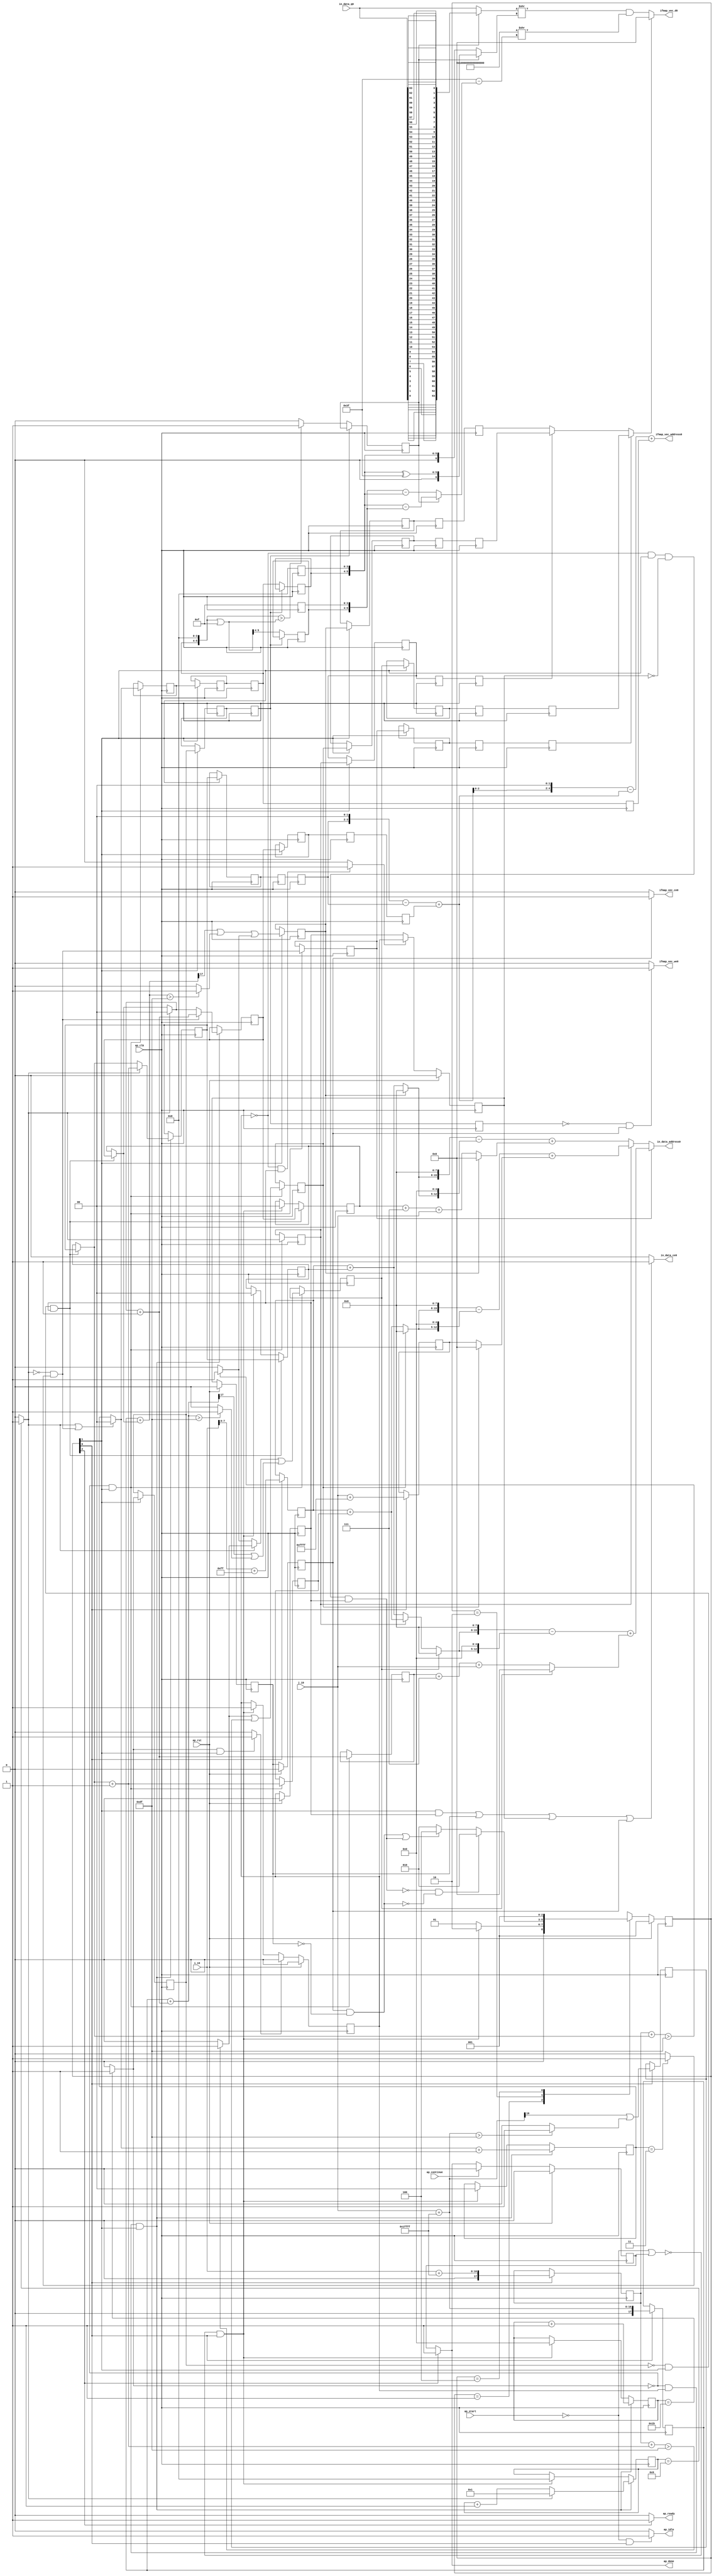
`define EXPONENT 5
`define MANTISSA 10
`define ACTUAL_MANTISSA 11
`define EXPONENT_LSB 10
`define EXPONENT_MSB 14
`define MANTISSA_LSB 0
`define MANTISSA_MSB 9
`define MANTISSA_MUL_SPLIT_LSB 3
`define MANTISSA_MUL_SPLIT_MSB 9
`define SIGN 1
`define SIGN_LOC 15
`define DWIDTH (`SIGN+`EXPONENT+`MANTISSA)
`define IEEE_COMPLIANCE 1

module td_fused_top_tdf1_readInputs19 (
        ap_clk,
        ap_rst,
        ap_start,
        ap_done,
        ap_continue,
        ap_idle,
        ap_ready,
        in_data_address0,
        in_data_ce0,
        in_data_q0,
        i_19,
        j_19,
        ifmap_vec_address0,
        ifmap_vec_ce0,
        ifmap_vec_we0,
        ifmap_vec_d0
);

parameter    ap_ST_fsm_state1 = 3'd1;
parameter    ap_ST_fsm_pp0_stage0 = 3'd2;
parameter    ap_ST_fsm_state7 = 3'd4;

input   ap_clk;
input   ap_rst;
input   ap_start;
output   ap_done;
input   ap_continue;
output   ap_idle;
output   ap_ready;
output  [15:0] in_data_address0;
output   in_data_ce0;
input  [63:0] in_data_q0;
input  [15:0] i_19;
input  [15:0] j_19;
output  [4:0] ifmap_vec_address0;
output   ifmap_vec_ce0;
output   ifmap_vec_we0;
output  [15:0] ifmap_vec_d0;

reg ap_done;
reg ap_idle;
reg ap_ready;
reg in_data_ce0;
reg ifmap_vec_ce0;
reg ifmap_vec_we0;

reg    ap_done_reg;
  reg   [2:0] ap_CS_fsm;
wire    ap_CS_fsm_state1;
reg   [4:0] indvar_flatten52_reg_144;
reg   [1:0] ii_reg_155;
reg   [3:0] indvar_flatten_reg_167;
reg   [1:0] jj_reg_178;
reg   [1:0] kk_reg_190;
wire   [17:0] p_cast_i_fu_219_p1;
reg   [17:0] p_cast_i_reg_910;
wire   [17:0] sext_ln22_fu_229_p1;
reg   [17:0] sext_ln22_reg_916;
wire   [7:0] p_cast_fu_233_p2;
reg   [7:0] p_cast_reg_922;
wire   [0:0] or_ln23_26_fu_253_p2;
reg   [0:0] or_ln23_26_reg_928;
wire   [15:0] p_mid140_fu_259_p2;
reg   [15:0] p_mid140_reg_933;
wire   [4:0] add_ln19_6_fu_265_p2;
wire    ap_CS_fsm_pp0_stage0;
reg    ap_enable_reg_pp0_iter0;
wire    ap_block_state2_pp0_stage0_iter0;
wire    ap_block_state3_pp0_stage0_iter1;
wire    ap_block_state4_pp0_stage0_iter2;
wire    ap_block_state5_pp0_stage0_iter3;
wire    ap_block_state6_pp0_stage0_iter4;
wire    ap_block_pp0_stage0_11001;
wire   [0:0] is_padding_fu_315_p2;
reg   [0:0] is_padding_reg_943;
reg   [0:0] is_padding_reg_943_pp0_iter1_reg;
reg   [0:0] is_padding_reg_943_pp0_iter2_reg;
reg   [0:0] is_padding_reg_943_pp0_iter3_reg;
wire   [0:0] icmp_ln19_fu_321_p2;
reg   [0:0] icmp_ln19_reg_950;
reg   [0:0] icmp_ln19_reg_950_pp0_iter1_reg;
reg   [0:0] icmp_ln19_reg_950_pp0_iter2_reg;
reg   [0:0] icmp_ln19_reg_950_pp0_iter3_reg;
wire   [1:0] add_ln19_fu_327_p2;
reg   [1:0] add_ln19_reg_954;
wire   [0:0] icmp_ln20_fu_333_p2;
reg   [0:0] icmp_ln20_reg_959;
reg   [0:0] icmp_ln20_reg_959_pp0_iter1_reg;
reg   [0:0] icmp_ln20_reg_959_pp0_iter2_reg;
reg   [0:0] icmp_ln20_reg_959_pp0_iter3_reg;
wire   [1:0] select_ln19_31_fu_347_p3;
reg   [1:0] select_ln19_31_reg_966;
reg   [1:0] select_ln19_31_reg_966_pp0_iter1_reg;
reg   [1:0] select_ln19_31_reg_966_pp0_iter2_reg;
reg   [1:0] select_ln19_31_reg_966_pp0_iter3_reg;
wire   [0:0] or_ln23_28_fu_378_p2;
reg   [0:0] or_ln23_28_reg_973;
reg   [0:0] or_ln23_28_reg_973_pp0_iter1_reg;
reg   [0:0] or_ln23_28_reg_973_pp0_iter2_reg;
reg   [0:0] or_ln23_28_reg_973_pp0_iter3_reg;
wire   [0:0] and_ln19_fu_395_p2;
reg   [0:0] and_ln19_reg_980;
reg   [0:0] and_ln19_reg_980_pp0_iter1_reg;
reg   [0:0] and_ln19_reg_980_pp0_iter2_reg;
reg   [0:0] and_ln19_reg_980_pp0_iter3_reg;
wire   [1:0] add_ln20_fu_401_p2;
reg   [1:0] add_ln20_reg_986;
wire   [1:0] select_ln20_fu_413_p3;
reg   [1:0] select_ln20_reg_991;
reg   [1:0] select_ln20_reg_991_pp0_iter1_reg;
reg   [1:0] select_ln20_reg_991_pp0_iter2_reg;
reg   [1:0] select_ln20_reg_991_pp0_iter3_reg;
wire   [1:0] select_ln20_26_fu_421_p3;
reg   [1:0] select_ln20_26_reg_997;
reg   [1:0] select_ln20_26_reg_997_pp0_iter1_reg;
reg   [1:0] select_ln20_26_reg_997_pp0_iter2_reg;
reg   [1:0] select_ln20_26_reg_997_pp0_iter3_reg;
wire   [0:0] or_ln23_30_fu_458_p2;
reg   [0:0] or_ln23_30_reg_1003;
reg   [0:0] or_ln23_30_reg_1003_pp0_iter1_reg;
reg   [0:0] or_ln23_30_reg_1003_pp0_iter2_reg;
reg   [0:0] or_ln23_30_reg_1003_pp0_iter3_reg;
wire   [1:0] add_ln25_fu_464_p2;
wire   [3:0] select_ln20_29_fu_476_p3;
wire   [5:0] tmp_15_fu_701_p3;
reg   [5:0] tmp_15_reg_1025;
wire   [5:0] empty_121_fu_708_p2;
reg   [5:0] empty_121_reg_1030;
wire   [0:0] icmp_ln32_fu_714_p2;
reg   [0:0] icmp_ln32_reg_1035;
reg    ap_block_state1;
wire    ap_block_pp0_stage0_subdone;
reg    ap_condition_pp0_flush_enable;
reg    ap_enable_reg_pp0_iter1;
reg    ap_enable_reg_pp0_iter2;
reg    ap_condition_pp0_exit_iter1_state3;
reg    ap_enable_reg_pp0_iter3;
reg    ap_enable_reg_pp0_iter4;
reg   [1:0] ap_phi_mux_ii_phi_fu_159_p4;
wire    ap_block_pp0_stage0;
reg   [1:0] ap_phi_mux_jj_phi_fu_182_p4;
wire   [63:0] zext_ln32_26_fu_696_p1;
wire   [63:0] zext_ln33_25_fu_795_p1;
wire   [16:0] zext_ln19_fu_205_p1;
wire   [16:0] empty_116_fu_213_p2;
wire   [16:0] j_cast_i_fu_201_p1;
wire   [16:0] add_ln22_fu_223_p2;
wire   [7:0] empty_fu_209_p1;
wire   [0:0] tmp_fu_239_p3;
wire   [0:0] icmp_ln24_fu_247_p2;
wire   [17:0] ii_cast_i_fu_271_p1;
wire   [17:0] empty_117_fu_275_p2;
wire   [17:0] zext_ln20_fu_286_p1;
wire   [17:0] add_ln22_6_fu_290_p2;
wire   [0:0] tmp_43_fu_295_p3;
wire   [0:0] icmp_ln24_6_fu_303_p2;
wire   [0:0] or_ln23_fu_309_p2;
wire   [0:0] empty_118_fu_280_p2;
wire   [17:0] ii_cast_i_mid1_fu_355_p1;
wire   [17:0] p_mid114_fu_359_p2;
wire   [0:0] p_mid116_fu_364_p2;
wire   [0:0] icmp_ln25_fu_389_p2;
wire   [0:0] xor_ln19_fu_383_p2;
wire   [1:0] select_ln19_fu_339_p3;
wire   [0:0] or_ln20_fu_407_p2;
wire   [17:0] zext_ln20_6_fu_429_p1;
wire   [17:0] add_ln22_7_fu_433_p2;
wire   [0:0] tmp_44_fu_438_p3;
wire   [0:0] icmp_ln24_7_fu_446_p2;
wire   [0:0] or_ln23_29_fu_452_p2;
wire   [0:0] select_ln19_33_fu_370_p3;
wire   [3:0] add_ln20_6_fu_470_p2;
wire   [7:0] ii_cast_fu_484_p1;
wire   [7:0] p_cast1_i_fu_488_p2;
wire   [2:0] zext_ln22_fu_493_p1;
wire   [2:0] tmp2_fu_504_p2;
wire   [15:0] tmp2_cast_fu_510_p1;
wire   [15:0] empty_119_fu_514_p2;
wire   [7:0] row_coord_int_fu_497_p3;
wire   [12:0] tmp_9_fu_534_p3;
wire   [15:0] tmp_s_fu_526_p3;
wire   [15:0] zext_ln32_fu_542_p1;
wire   [15:0] sub_ln32_fu_546_p2;
wire   [15:0] col_coord_int_fu_519_p3;
wire   [7:0] ii_cast_mid1_fu_558_p1;
wire   [7:0] p_cast1_i_mid1_fu_561_p2;
wire   [7:0] row_coord_int_mid134_fu_573_p3;
wire   [12:0] tmp_12_fu_594_p3;
wire   [15:0] tmp_11_fu_586_p3;
wire   [15:0] zext_ln32_24_fu_602_p1;
wire   [15:0] sub_ln32_1_fu_606_p2;
wire   [15:0] col_coord_int_mid142_fu_580_p3;
wire   [15:0] add_ln32_1_fu_612_p2;
wire   [15:0] add_ln32_fu_552_p2;
wire   [7:0] select_ln19_32_fu_566_p3;
wire   [2:0] zext_ln22_6_fu_625_p1;
wire   [2:0] tmp2_mid1_fu_635_p2;
wire   [15:0] tmp2_cast_mid1_fu_641_p1;
wire   [15:0] p_mid1_fu_645_p2;
wire   [7:0] row_coord_int_mid1_fu_628_p3;
wire   [12:0] tmp_14_fu_665_p3;
wire   [15:0] tmp_13_fu_657_p3;
wire   [15:0] zext_ln32_25_fu_673_p1;
wire   [15:0] sub_ln32_2_fu_677_p2;
wire   [15:0] col_coord_int_mid1_fu_650_p3;
wire   [15:0] add_ln32_2_fu_683_p2;
wire   [15:0] select_ln19_35_fu_618_p3;
wire   [15:0] select_ln20_28_fu_689_p3;
wire   [3:0] tmp_10_fu_723_p3;
wire   [4:0] zext_ln33_22_fu_730_p1;
wire   [4:0] zext_ln33_fu_720_p1;
wire   [4:0] sub_ln33_fu_734_p2;
wire   [5:0] sub_ln33_cast_fu_740_p1;
wire   [5:0] zext_ln33_23_fu_749_p1;
wire   [5:0] add_ln33_fu_752_p2;
wire   [2:0] trunc_ln33_1_fu_762_p1;
wire   [4:0] p_shl4_cast_fu_766_p3;
wire   [4:0] trunc_ln33_fu_758_p1;
wire   [0:0] select_ln19_34_fu_744_p3;
wire   [4:0] sub_ln33_1_fu_774_p2;
wire   [4:0] zext_ln33_24_fu_786_p1;
wire   [4:0] add_ln33_6_fu_789_p2;
wire   [6:0] zext_ln32_27_fu_800_p1;
wire   [6:0] zext_ln32_28_fu_803_p1;
wire   [6:0] sub_ln32_3_fu_816_p2;
wire   [6:0] sub_ln32_4_fu_828_p2;
reg   [63:0] tmp_45_fu_806_p4;
wire   [6:0] xor_ln32_fu_822_p2;
wire   [6:0] select_ln32_fu_834_p3;
wire   [6:0] select_ln32_2_fu_848_p3;
wire   [6:0] sub_ln32_5_fu_855_p2;
wire   [63:0] select_ln32_1_fu_841_p3;
wire   [63:0] zext_ln32_29_fu_861_p1;
wire   [63:0] zext_ln32_30_fu_865_p1;
wire   [63:0] lshr_ln32_fu_869_p2;
wire   [63:0] lshr_ln32_1_fu_875_p2;
wire   [63:0] and_ln32_fu_881_p2;
wire   [15:0] trunc_ln32_fu_887_p1;
wire   [0:0] select_ln20_27_fu_780_p3;
wire   [15:0] in_data_elem_fu_891_p1;
wire    ap_CS_fsm_state7;
reg   [2:0] ap_NS_fsm;
reg    ap_idle_pp0;
wire    ap_enable_pp0;
wire    ap_ce_reg;

// power-on initialization
initial begin
#0 ap_done_reg = 1'b0;
#0 ap_CS_fsm = 3'd1;
#0 ap_enable_reg_pp0_iter0 = 1'b0;
#0 ap_enable_reg_pp0_iter1 = 1'b0;
#0 ap_enable_reg_pp0_iter2 = 1'b0;
#0 ap_enable_reg_pp0_iter3 = 1'b0;
#0 ap_enable_reg_pp0_iter4 = 1'b0;
end

always @ (posedge ap_clk) begin
    if (ap_rst == 1'b1) begin
        ap_CS_fsm <= ap_ST_fsm_state1;
    end else begin
        ap_CS_fsm <= ap_NS_fsm;
    end
end

always @ (posedge ap_clk) begin
    if (ap_rst == 1'b1) begin
        ap_done_reg <= 1'b0;
    end else begin
        if ((ap_continue == 1'b1)) begin
            ap_done_reg <= 1'b0;
        end else if ((1'b1 == ap_CS_fsm_state7)) begin
            ap_done_reg <= 1'b1;
        end
    end
end

always @ (posedge ap_clk) begin
    if (ap_rst == 1'b1) begin
        ap_enable_reg_pp0_iter0 <= 1'b0;
    end else begin
        if ((1'b1 == ap_condition_pp0_flush_enable)) begin
            ap_enable_reg_pp0_iter0 <= 1'b0;
        end else if ((~((ap_start == 1'b0) | (ap_done_reg == 1'b1)) & (1'b1 == ap_CS_fsm_state1))) begin
            ap_enable_reg_pp0_iter0 <= 1'b1;
        end
    end
end

always @ (posedge ap_clk) begin
    if (ap_rst == 1'b1) begin
        ap_enable_reg_pp0_iter1 <= 1'b0;
    end else begin
        if ((1'b0 == ap_block_pp0_stage0_subdone)) begin
            ap_enable_reg_pp0_iter1 <= ap_enable_reg_pp0_iter0;
        end
    end
end

always @ (posedge ap_clk) begin
    if (ap_rst == 1'b1) begin
        ap_enable_reg_pp0_iter2 <= 1'b0;
    end else begin
        if ((1'b0 == ap_block_pp0_stage0_subdone)) begin
            if ((1'b1 == ap_condition_pp0_exit_iter1_state3)) begin
                ap_enable_reg_pp0_iter2 <= ap_enable_reg_pp0_iter0;
            end else if ((1'b1 == 1'b1)) begin
                ap_enable_reg_pp0_iter2 <= ap_enable_reg_pp0_iter1;
            end
        end
    end
end

always @ (posedge ap_clk) begin
    if (ap_rst == 1'b1) begin
        ap_enable_reg_pp0_iter3 <= 1'b0;
    end else begin
        if ((1'b0 == ap_block_pp0_stage0_subdone)) begin
            ap_enable_reg_pp0_iter3 <= ap_enable_reg_pp0_iter2;
        end
    end
end

always @ (posedge ap_clk) begin
    if (ap_rst == 1'b1) begin
        ap_enable_reg_pp0_iter4 <= 1'b0;
    end else begin
        if ((1'b0 == ap_block_pp0_stage0_subdone)) begin
            ap_enable_reg_pp0_iter4 <= ap_enable_reg_pp0_iter3;
        end else if ((~((ap_start == 1'b0) | (ap_done_reg == 1'b1)) & (1'b1 == ap_CS_fsm_state1))) begin
            ap_enable_reg_pp0_iter4 <= 1'b0;
        end
    end
end

always @ (posedge ap_clk) begin
    if (((icmp_ln19_reg_950 == 1'd0) & (1'b0 == ap_block_pp0_stage0_11001) & (1'b1 == ap_CS_fsm_pp0_stage0) & (ap_enable_reg_pp0_iter1 == 1'b1))) begin
        ii_reg_155 <= select_ln19_31_reg_966;
    end else if ((~((ap_start == 1'b0) | (ap_done_reg == 1'b1)) & (1'b1 == ap_CS_fsm_state1))) begin
        ii_reg_155 <= 2'd0;
    end
end

always @ (posedge ap_clk) begin
    if (((icmp_ln19_fu_321_p2 == 1'd0) & (1'b0 == ap_block_pp0_stage0_11001) & (ap_enable_reg_pp0_iter0 == 1'b1) & (1'b1 == ap_CS_fsm_pp0_stage0))) begin
        indvar_flatten52_reg_144 <= add_ln19_6_fu_265_p2;
    end else if ((~((ap_start == 1'b0) | (ap_done_reg == 1'b1)) & (1'b1 == ap_CS_fsm_state1))) begin
        indvar_flatten52_reg_144 <= 5'd0;
    end
end

always @ (posedge ap_clk) begin
    if (((icmp_ln19_fu_321_p2 == 1'd0) & (1'b0 == ap_block_pp0_stage0_11001) & (ap_enable_reg_pp0_iter0 == 1'b1) & (1'b1 == ap_CS_fsm_pp0_stage0))) begin
        indvar_flatten_reg_167 <= select_ln20_29_fu_476_p3;
    end else if ((~((ap_start == 1'b0) | (ap_done_reg == 1'b1)) & (1'b1 == ap_CS_fsm_state1))) begin
        indvar_flatten_reg_167 <= 4'd0;
    end
end

always @ (posedge ap_clk) begin
    if (((icmp_ln19_reg_950 == 1'd0) & (1'b0 == ap_block_pp0_stage0_11001) & (1'b1 == ap_CS_fsm_pp0_stage0) & (ap_enable_reg_pp0_iter1 == 1'b1))) begin
        jj_reg_178 <= select_ln20_26_reg_997;
    end else if ((~((ap_start == 1'b0) | (ap_done_reg == 1'b1)) & (1'b1 == ap_CS_fsm_state1))) begin
        jj_reg_178 <= 2'd0;
    end
end

always @ (posedge ap_clk) begin
    if (((icmp_ln19_fu_321_p2 == 1'd0) & (1'b0 == ap_block_pp0_stage0_11001) & (ap_enable_reg_pp0_iter0 == 1'b1) & (1'b1 == ap_CS_fsm_pp0_stage0))) begin
        kk_reg_190 <= add_ln25_fu_464_p2;
    end else if ((~((ap_start == 1'b0) | (ap_done_reg == 1'b1)) & (1'b1 == ap_CS_fsm_state1))) begin
        kk_reg_190 <= 2'd0;
    end
end

always @ (posedge ap_clk) begin
    if (((icmp_ln19_fu_321_p2 == 1'd0) & (1'b0 == ap_block_pp0_stage0_11001) & (1'b1 == ap_CS_fsm_pp0_stage0))) begin
        add_ln19_reg_954 <= add_ln19_fu_327_p2;
        add_ln20_reg_986 <= add_ln20_fu_401_p2;
        and_ln19_reg_980 <= and_ln19_fu_395_p2;
        icmp_ln20_reg_959 <= icmp_ln20_fu_333_p2;
        or_ln23_28_reg_973 <= or_ln23_28_fu_378_p2;
        or_ln23_30_reg_1003 <= or_ln23_30_fu_458_p2;
        select_ln20_reg_991 <= select_ln20_fu_413_p3;
    end
end

always @ (posedge ap_clk) begin
    if (((1'b0 == ap_block_pp0_stage0_11001) & (1'b1 == ap_CS_fsm_pp0_stage0))) begin
        and_ln19_reg_980_pp0_iter1_reg <= and_ln19_reg_980;
        icmp_ln19_reg_950 <= icmp_ln19_fu_321_p2;
        icmp_ln19_reg_950_pp0_iter1_reg <= icmp_ln19_reg_950;
        icmp_ln20_reg_959_pp0_iter1_reg <= icmp_ln20_reg_959;
        is_padding_reg_943 <= is_padding_fu_315_p2;
        is_padding_reg_943_pp0_iter1_reg <= is_padding_reg_943;
        or_ln23_28_reg_973_pp0_iter1_reg <= or_ln23_28_reg_973;
        or_ln23_30_reg_1003_pp0_iter1_reg <= or_ln23_30_reg_1003;
        select_ln19_31_reg_966_pp0_iter1_reg <= select_ln19_31_reg_966;
        select_ln20_26_reg_997_pp0_iter1_reg <= select_ln20_26_reg_997;
        select_ln20_reg_991_pp0_iter1_reg <= select_ln20_reg_991;
    end
end

always @ (posedge ap_clk) begin
    if ((1'b0 == ap_block_pp0_stage0_11001)) begin
        and_ln19_reg_980_pp0_iter2_reg <= and_ln19_reg_980_pp0_iter1_reg;
        and_ln19_reg_980_pp0_iter3_reg <= and_ln19_reg_980_pp0_iter2_reg;
        icmp_ln19_reg_950_pp0_iter2_reg <= icmp_ln19_reg_950_pp0_iter1_reg;
        icmp_ln19_reg_950_pp0_iter3_reg <= icmp_ln19_reg_950_pp0_iter2_reg;
        icmp_ln20_reg_959_pp0_iter2_reg <= icmp_ln20_reg_959_pp0_iter1_reg;
        icmp_ln20_reg_959_pp0_iter3_reg <= icmp_ln20_reg_959_pp0_iter2_reg;
        is_padding_reg_943_pp0_iter2_reg <= is_padding_reg_943_pp0_iter1_reg;
        is_padding_reg_943_pp0_iter3_reg <= is_padding_reg_943_pp0_iter2_reg;
        or_ln23_28_reg_973_pp0_iter2_reg <= or_ln23_28_reg_973_pp0_iter1_reg;
        or_ln23_28_reg_973_pp0_iter3_reg <= or_ln23_28_reg_973_pp0_iter2_reg;
        or_ln23_30_reg_1003_pp0_iter2_reg <= or_ln23_30_reg_1003_pp0_iter1_reg;
        or_ln23_30_reg_1003_pp0_iter3_reg <= or_ln23_30_reg_1003_pp0_iter2_reg;
        select_ln19_31_reg_966_pp0_iter2_reg <= select_ln19_31_reg_966_pp0_iter1_reg;
        select_ln19_31_reg_966_pp0_iter3_reg <= select_ln19_31_reg_966_pp0_iter2_reg;
        select_ln20_26_reg_997_pp0_iter2_reg <= select_ln20_26_reg_997_pp0_iter1_reg;
        select_ln20_26_reg_997_pp0_iter3_reg <= select_ln20_26_reg_997_pp0_iter2_reg;
        select_ln20_reg_991_pp0_iter2_reg <= select_ln20_reg_991_pp0_iter1_reg;
        select_ln20_reg_991_pp0_iter3_reg <= select_ln20_reg_991_pp0_iter2_reg;
    end
end

always @ (posedge ap_clk) begin
    if (((icmp_ln19_reg_950_pp0_iter2_reg == 1'd0) & (1'b0 == ap_block_pp0_stage0_11001))) begin
        empty_121_reg_1030[5 : 4] <= empty_121_fu_708_p2[5 : 4];
        icmp_ln32_reg_1035 <= icmp_ln32_fu_714_p2;
        tmp_15_reg_1025[5 : 4] <= tmp_15_fu_701_p3[5 : 4];
    end
end

always @ (posedge ap_clk) begin
    if ((1'b1 == ap_CS_fsm_state1)) begin
        or_ln23_26_reg_928 <= or_ln23_26_fu_253_p2;
        p_cast_i_reg_910 <= p_cast_i_fu_219_p1;
        p_cast_reg_922 <= p_cast_fu_233_p2;
        p_mid140_reg_933 <= p_mid140_fu_259_p2;
        sext_ln22_reg_916 <= sext_ln22_fu_229_p1;
    end
end

always @ (posedge ap_clk) begin
    if (((icmp_ln19_fu_321_p2 == 1'd0) & (1'b0 == ap_block_pp0_stage0_11001) & (ap_enable_reg_pp0_iter0 == 1'b1) & (1'b1 == ap_CS_fsm_pp0_stage0))) begin
        select_ln19_31_reg_966 <= select_ln19_31_fu_347_p3;
        select_ln20_26_reg_997 <= select_ln20_26_fu_421_p3;
    end
end

always @ (*) begin
    if (((ap_enable_reg_pp0_iter0 == 1'b0) & (ap_enable_reg_pp0_iter1 == 1'b1))) begin
        ap_condition_pp0_exit_iter1_state3 = 1'b1;
    end else begin
        ap_condition_pp0_exit_iter1_state3 = 1'b0;
    end
end

always @ (*) begin
    if (((icmp_ln19_fu_321_p2 == 1'd1) & (1'b0 == ap_block_pp0_stage0_subdone) & (1'b1 == ap_CS_fsm_pp0_stage0))) begin
        ap_condition_pp0_flush_enable = 1'b1;
    end else begin
        ap_condition_pp0_flush_enable = 1'b0;
    end
end

always @ (*) begin
    if ((1'b1 == ap_CS_fsm_state7)) begin
        ap_done = 1'b1;
    end else begin
        ap_done = ap_done_reg;
    end
end

always @ (*) begin
    if (((ap_start == 1'b0) & (1'b1 == ap_CS_fsm_state1))) begin
        ap_idle = 1'b1;
    end else begin
        ap_idle = 1'b0;
    end
end

always @ (*) begin
    if (((ap_enable_reg_pp0_iter0 == 1'b0) & (ap_enable_reg_pp0_iter4 == 1'b0) & (ap_enable_reg_pp0_iter3 == 1'b0) & (ap_enable_reg_pp0_iter2 == 1'b0) & (ap_enable_reg_pp0_iter1 == 1'b0))) begin
        ap_idle_pp0 = 1'b1;
    end else begin
        ap_idle_pp0 = 1'b0;
    end
end

always @ (*) begin
    if (((icmp_ln19_reg_950 == 1'd0) & (1'b0 == ap_block_pp0_stage0) & (1'b1 == ap_CS_fsm_pp0_stage0) & (ap_enable_reg_pp0_iter1 == 1'b1))) begin
        ap_phi_mux_ii_phi_fu_159_p4 = select_ln19_31_reg_966;
    end else begin
        ap_phi_mux_ii_phi_fu_159_p4 = ii_reg_155;
    end
end

always @ (*) begin
    if (((icmp_ln19_reg_950 == 1'd0) & (1'b0 == ap_block_pp0_stage0) & (1'b1 == ap_CS_fsm_pp0_stage0) & (ap_enable_reg_pp0_iter1 == 1'b1))) begin
        ap_phi_mux_jj_phi_fu_182_p4 = select_ln20_26_reg_997;
    end else begin
        ap_phi_mux_jj_phi_fu_182_p4 = jj_reg_178;
    end
end

always @ (*) begin
    if ((1'b1 == ap_CS_fsm_state7)) begin
        ap_ready = 1'b1;
    end else begin
        ap_ready = 1'b0;
    end
end

always @ (*) begin
    if (((1'b0 == ap_block_pp0_stage0_11001) & (ap_enable_reg_pp0_iter4 == 1'b1))) begin
        ifmap_vec_ce0 = 1'b1;
    end else begin
        ifmap_vec_ce0 = 1'b0;
    end
end

always @ (*) begin
    if (((icmp_ln19_reg_950_pp0_iter3_reg == 1'd0) & (1'b0 == ap_block_pp0_stage0_11001) & (ap_enable_reg_pp0_iter4 == 1'b1))) begin
        ifmap_vec_we0 = 1'b1;
    end else begin
        ifmap_vec_we0 = 1'b0;
    end
end

always @ (*) begin
    if ((((1'b0 == ap_block_pp0_stage0_11001) & (1'b1 == ap_CS_fsm_pp0_stage0) & (ap_enable_reg_pp0_iter1 == 1'b1)) | ((1'b0 == ap_block_pp0_stage0_11001) & (ap_enable_reg_pp0_iter3 == 1'b1)) | ((1'b0 == ap_block_pp0_stage0_11001) & (ap_enable_reg_pp0_iter2 == 1'b1)) | ((1'b0 == ap_block_pp0_stage0_11001) & (ap_enable_reg_pp0_iter4 == 1'b1)))) begin
        in_data_ce0 = 1'b1;
    end else begin
        in_data_ce0 = 1'b0;
    end
end

always @ (*) begin
    case (ap_CS_fsm)
        ap_ST_fsm_state1 : begin
            if ((~((ap_start == 1'b0) | (ap_done_reg == 1'b1)) & (1'b1 == ap_CS_fsm_state1))) begin
                ap_NS_fsm = ap_ST_fsm_pp0_stage0;
            end else begin
                ap_NS_fsm = ap_ST_fsm_state1;
            end
        end
        ap_ST_fsm_pp0_stage0 : begin
            if ((~((1'b0 == ap_block_pp0_stage0_subdone) & (ap_enable_reg_pp0_iter0 == 1'b0) & (1'b1 == ap_CS_fsm_pp0_stage0) & (ap_enable_reg_pp0_iter2 == 1'b0) & (ap_enable_reg_pp0_iter1 == 1'b1)) & ~((1'b0 == ap_block_pp0_stage0_subdone) & (ap_enable_reg_pp0_iter4 == 1'b1) & (ap_enable_reg_pp0_iter3 == 1'b0)))) begin
                ap_NS_fsm = ap_ST_fsm_pp0_stage0;
            end else if ((((1'b0 == ap_block_pp0_stage0_subdone) & (ap_enable_reg_pp0_iter4 == 1'b1) & (ap_enable_reg_pp0_iter3 == 1'b0)) | ((1'b0 == ap_block_pp0_stage0_subdone) & (ap_enable_reg_pp0_iter0 == 1'b0) & (1'b1 == ap_CS_fsm_pp0_stage0) & (ap_enable_reg_pp0_iter2 == 1'b0) & (ap_enable_reg_pp0_iter1 == 1'b1)))) begin
                ap_NS_fsm = ap_ST_fsm_state7;
            end else begin
                ap_NS_fsm = ap_ST_fsm_pp0_stage0;
            end
        end
        ap_ST_fsm_state7 : begin
            ap_NS_fsm = ap_ST_fsm_state1;
        end
        default : begin
            ap_NS_fsm = 'bx;
        end
    endcase
end

assign add_ln19_6_fu_265_p2 = (indvar_flatten52_reg_144 + 5'd1);

assign add_ln19_fu_327_p2 = (ap_phi_mux_ii_phi_fu_159_p4 + 2'd1);

assign add_ln20_6_fu_470_p2 = (indvar_flatten_reg_167 + 4'd1);

assign add_ln20_fu_401_p2 = (select_ln19_fu_339_p3 + 2'd1);

assign add_ln22_6_fu_290_p2 = ((sext_ln22_reg_916) + (zext_ln20_fu_286_p1));

assign add_ln22_7_fu_433_p2 = ((sext_ln22_reg_916) + (zext_ln20_6_fu_429_p1));

assign add_ln22_fu_223_p2 = ((j_cast_i_fu_201_p1) + (17'd131071));

assign add_ln25_fu_464_p2 = (select_ln20_fu_413_p3 + 2'd1);

assign add_ln32_1_fu_612_p2 = (sub_ln32_1_fu_606_p2 + col_coord_int_mid142_fu_580_p3);

assign add_ln32_2_fu_683_p2 = (sub_ln32_2_fu_677_p2 + col_coord_int_mid1_fu_650_p3);

assign add_ln32_fu_552_p2 = (sub_ln32_fu_546_p2 + col_coord_int_fu_519_p3);

assign add_ln33_6_fu_789_p2 = (sub_ln33_1_fu_774_p2 + zext_ln33_24_fu_786_p1);

assign add_ln33_fu_752_p2 = ((sub_ln33_cast_fu_740_p1) + (zext_ln33_23_fu_749_p1));

assign and_ln19_fu_395_p2 = (xor_ln19_fu_383_p2 & icmp_ln25_fu_389_p2);

assign and_ln32_fu_881_p2 = (lshr_ln32_fu_869_p2 & lshr_ln32_1_fu_875_p2);

assign ap_CS_fsm_pp0_stage0 = ap_CS_fsm[32'd1];

assign ap_CS_fsm_state1 = ap_CS_fsm[32'd0];

assign ap_CS_fsm_state7 = ap_CS_fsm[32'd2];

assign ap_block_pp0_stage0 = ~(1'b1 == 1'b1);

assign ap_block_pp0_stage0_11001 = ~(1'b1 == 1'b1);

assign ap_block_pp0_stage0_subdone = ~(1'b1 == 1'b1);

always @ (*) begin
    ap_block_state1 = ((ap_start == 1'b0) | (ap_done_reg == 1'b1));
end

assign ap_block_state2_pp0_stage0_iter0 = ~(1'b1 == 1'b1);

assign ap_block_state3_pp0_stage0_iter1 = ~(1'b1 == 1'b1);

assign ap_block_state4_pp0_stage0_iter2 = ~(1'b1 == 1'b1);

assign ap_block_state5_pp0_stage0_iter3 = ~(1'b1 == 1'b1);

assign ap_block_state6_pp0_stage0_iter4 = ~(1'b1 == 1'b1);

assign ap_enable_pp0 = (ap_idle_pp0 ^ 1'b1);

assign col_coord_int_fu_519_p3 = ((is_padding_reg_943[0:0] == 1'b1) ? 16'd0 : empty_119_fu_514_p2);

assign col_coord_int_mid142_fu_580_p3 = ((or_ln23_28_reg_973[0:0] == 1'b1) ? 16'd0 : p_mid140_reg_933);

assign col_coord_int_mid1_fu_650_p3 = ((or_ln23_30_reg_1003[0:0] == 1'b1) ? 16'd0 : p_mid1_fu_645_p2);

assign empty_116_fu_213_p2 = ((zext_ln19_fu_205_p1) + (17'd131071));

assign empty_117_fu_275_p2 = ((p_cast_i_reg_910) + (ii_cast_i_fu_271_p1));

assign empty_118_fu_280_p2 = ((empty_117_fu_275_p2 > 18'd223) ? 1'b1 : 1'b0);

assign empty_119_fu_514_p2 = ((tmp2_cast_fu_510_p1) + (j_19));

assign empty_121_fu_708_p2 = (tmp_15_fu_701_p3 | 6'd15);

assign empty_fu_209_p1 = i_19[7:0];

assign icmp_ln19_fu_321_p2 = ((indvar_flatten52_reg_144 == 5'd27) ? 1'b1 : 1'b0);

assign icmp_ln20_fu_333_p2 = ((indvar_flatten_reg_167 == 4'd9) ? 1'b1 : 1'b0);

assign icmp_ln24_6_fu_303_p2 = (((add_ln22_6_fu_290_p2) > (18'd223)) ? 1'b1 : 1'b0);

assign icmp_ln24_7_fu_446_p2 = (((add_ln22_7_fu_433_p2) > (18'd223)) ? 1'b1 : 1'b0);

assign icmp_ln24_fu_247_p2 = (((add_ln22_fu_223_p2) > (17'd223)) ? 1'b1 : 1'b0);

assign icmp_ln25_fu_389_p2 = ((kk_reg_190 == 2'd3) ? 1'b1 : 1'b0);

assign icmp_ln32_fu_714_p2 = ((tmp_15_fu_701_p3 > empty_121_fu_708_p2) ? 1'b1 : 1'b0);

assign ifmap_vec_address0 = zext_ln33_25_fu_795_p1;

assign ifmap_vec_d0 = ((select_ln20_27_fu_780_p3[0:0] == 1'b1) ? 16'd0 : in_data_elem_fu_891_p1);

assign ii_cast_fu_484_p1 = ii_reg_155;

assign ii_cast_i_fu_271_p1 = ap_phi_mux_ii_phi_fu_159_p4;

assign ii_cast_i_mid1_fu_355_p1 = add_ln19_fu_327_p2;

assign ii_cast_mid1_fu_558_p1 = add_ln19_reg_954;

assign in_data_address0 = zext_ln32_26_fu_696_p1;

assign in_data_elem_fu_891_p1 = trunc_ln32_fu_887_p1;

assign is_padding_fu_315_p2 = (or_ln23_fu_309_p2 | empty_118_fu_280_p2);

assign j_cast_i_fu_201_p1 = j_19;

assign lshr_ln32_1_fu_875_p2 = 64'd18446744073709551615 >> zext_ln32_30_fu_865_p1;

assign lshr_ln32_fu_869_p2 = select_ln32_1_fu_841_p3 >> zext_ln32_29_fu_861_p1;

assign or_ln20_fu_407_p2 = (icmp_ln20_fu_333_p2 | and_ln19_fu_395_p2);

assign or_ln23_26_fu_253_p2 = (tmp_fu_239_p3 | icmp_ln24_fu_247_p2);

assign or_ln23_28_fu_378_p2 = (p_mid116_fu_364_p2 | or_ln23_26_reg_928);

assign or_ln23_29_fu_452_p2 = (tmp_44_fu_438_p3 | icmp_ln24_7_fu_446_p2);

assign or_ln23_30_fu_458_p2 = (select_ln19_33_fu_370_p3 | or_ln23_29_fu_452_p2);

assign or_ln23_fu_309_p2 = (tmp_43_fu_295_p3 | icmp_ln24_6_fu_303_p2);

assign p_cast1_i_fu_488_p2 = (p_cast_reg_922 + ii_cast_fu_484_p1);

assign p_cast1_i_mid1_fu_561_p2 = (p_cast_reg_922 + ii_cast_mid1_fu_558_p1);

assign p_cast_fu_233_p2 = ((empty_fu_209_p1) + (8'd255));

assign p_cast_i_fu_219_p1 = (empty_116_fu_213_p2);

assign p_mid114_fu_359_p2 = ((p_cast_i_reg_910) + (ii_cast_i_mid1_fu_355_p1));

assign p_mid116_fu_364_p2 = ((p_mid114_fu_359_p2 > 18'd223) ? 1'b1 : 1'b0);

assign p_mid140_fu_259_p2 = ((j_19) + (16'd65535));

assign p_mid1_fu_645_p2 = ((tmp2_cast_mid1_fu_641_p1) + (j_19));

assign p_shl4_cast_fu_766_p3 = {{trunc_ln33_1_fu_762_p1}, {2'd0}};

assign row_coord_int_fu_497_p3 = ((is_padding_reg_943[0:0] == 1'b1) ? 8'd0 : p_cast1_i_fu_488_p2);

assign row_coord_int_mid134_fu_573_p3 = ((or_ln23_28_reg_973[0:0] == 1'b1) ? 8'd0 : p_cast1_i_mid1_fu_561_p2);

assign row_coord_int_mid1_fu_628_p3 = ((or_ln23_30_reg_1003[0:0] == 1'b1) ? 8'd0 : select_ln19_32_fu_566_p3);

assign select_ln19_31_fu_347_p3 = ((icmp_ln20_fu_333_p2[0:0] == 1'b1) ? add_ln19_fu_327_p2 : ap_phi_mux_ii_phi_fu_159_p4);

assign select_ln19_32_fu_566_p3 = ((icmp_ln20_reg_959[0:0] == 1'b1) ? p_cast1_i_mid1_fu_561_p2 : p_cast1_i_fu_488_p2);

assign select_ln19_33_fu_370_p3 = ((icmp_ln20_fu_333_p2[0:0] == 1'b1) ? p_mid116_fu_364_p2 : empty_118_fu_280_p2);

assign select_ln19_34_fu_744_p3 = ((icmp_ln20_reg_959_pp0_iter3_reg[0:0] == 1'b1) ? or_ln23_28_reg_973_pp0_iter3_reg : is_padding_reg_943_pp0_iter3_reg);

assign select_ln19_35_fu_618_p3 = ((icmp_ln20_reg_959[0:0] == 1'b1) ? add_ln32_1_fu_612_p2 : add_ln32_fu_552_p2);

assign select_ln19_fu_339_p3 = ((icmp_ln20_fu_333_p2[0:0] == 1'b1) ? 2'd0 : ap_phi_mux_jj_phi_fu_182_p4);

assign select_ln20_26_fu_421_p3 = ((and_ln19_fu_395_p2[0:0] == 1'b1) ? add_ln20_fu_401_p2 : select_ln19_fu_339_p3);

assign select_ln20_27_fu_780_p3 = ((and_ln19_reg_980_pp0_iter3_reg[0:0] == 1'b1) ? or_ln23_30_reg_1003_pp0_iter3_reg : select_ln19_34_fu_744_p3);

assign select_ln20_28_fu_689_p3 = ((and_ln19_reg_980[0:0] == 1'b1) ? add_ln32_2_fu_683_p2 : select_ln19_35_fu_618_p3);

assign select_ln20_29_fu_476_p3 = ((icmp_ln20_fu_333_p2[0:0] == 1'b1) ? 4'd1 : add_ln20_6_fu_470_p2);

assign select_ln20_fu_413_p3 = ((or_ln20_fu_407_p2[0:0] == 1'b1) ? 2'd0 : kk_reg_190);

assign select_ln32_1_fu_841_p3 = ((icmp_ln32_reg_1035[0:0] == 1'b1) ? tmp_45_fu_806_p4 : in_data_q0);

assign select_ln32_2_fu_848_p3 = ((icmp_ln32_reg_1035[0:0] == 1'b1) ? xor_ln32_fu_822_p2 : zext_ln32_27_fu_800_p1);

assign select_ln32_fu_834_p3 = ((icmp_ln32_reg_1035[0:0] == 1'b1) ? sub_ln32_3_fu_816_p2 : sub_ln32_4_fu_828_p2);

assign sext_ln22_fu_229_p1 = add_ln22_fu_223_p2;

assign sub_ln32_1_fu_606_p2 = (tmp_11_fu_586_p3 - zext_ln32_24_fu_602_p1);

assign sub_ln32_2_fu_677_p2 = (tmp_13_fu_657_p3 - zext_ln32_25_fu_673_p1);

assign sub_ln32_3_fu_816_p2 = (zext_ln32_27_fu_800_p1 - zext_ln32_28_fu_803_p1);

assign sub_ln32_4_fu_828_p2 = (zext_ln32_28_fu_803_p1 - zext_ln32_27_fu_800_p1);

assign sub_ln32_5_fu_855_p2 = (7'd63 - select_ln32_fu_834_p3);

assign sub_ln32_fu_546_p2 = (tmp_s_fu_526_p3 - zext_ln32_fu_542_p1);

assign sub_ln33_1_fu_774_p2 = (p_shl4_cast_fu_766_p3 - trunc_ln33_fu_758_p1);

assign sub_ln33_cast_fu_740_p1 = (sub_ln33_fu_734_p2);

assign sub_ln33_fu_734_p2 = (zext_ln33_22_fu_730_p1 - zext_ln33_fu_720_p1);

assign tmp2_cast_fu_510_p1 = (tmp2_fu_504_p2);

assign tmp2_cast_mid1_fu_641_p1 = (tmp2_mid1_fu_635_p2);

assign tmp2_fu_504_p2 = ((zext_ln22_fu_493_p1) + (3'd7));

assign tmp2_mid1_fu_635_p2 = ((zext_ln22_6_fu_625_p1) + (3'd7));

assign tmp_10_fu_723_p3 = {{select_ln19_31_reg_966_pp0_iter3_reg}, {2'd0}};

assign tmp_11_fu_586_p3 = {{row_coord_int_mid134_fu_573_p3}, {8'd0}};

assign tmp_12_fu_594_p3 = {{row_coord_int_mid134_fu_573_p3}, {5'd0}};

assign tmp_13_fu_657_p3 = {{row_coord_int_mid1_fu_628_p3}, {8'd0}};

assign tmp_14_fu_665_p3 = {{row_coord_int_mid1_fu_628_p3}, {5'd0}};

assign tmp_15_fu_701_p3 = {{select_ln20_reg_991_pp0_iter2_reg}, {4'd0}};

assign tmp_43_fu_295_p3 = add_ln22_6_fu_290_p2[32'd17];

assign tmp_44_fu_438_p3 = add_ln22_7_fu_433_p2[32'd17];

integer ap_tvar_int_0;

always @ (in_data_q0) begin
    //for (ap_tvar_int_0 = 64 - 1; ap_tvar_int_0 >= 0; ap_tvar_int_0 = ap_tvar_int_0 - 1) begin
    for (ap_tvar_int_0 = 0; ap_tvar_int_0 < 64; ap_tvar_int_0 = ap_tvar_int_0 + 1) begin
        if (ap_tvar_int_0 > 63 - 0) begin
            tmp_45_fu_806_p4[ap_tvar_int_0] = 1'b0;
        end else begin
            tmp_45_fu_806_p4[ap_tvar_int_0] = in_data_q0[63 - ap_tvar_int_0];
        end
    end
end

assign tmp_9_fu_534_p3 = {{row_coord_int_fu_497_p3}, {5'd0}};

assign tmp_fu_239_p3 = add_ln22_fu_223_p2[32'd16];

assign tmp_s_fu_526_p3 = {{row_coord_int_fu_497_p3}, {8'd0}};

assign trunc_ln32_fu_887_p1 = and_ln32_fu_881_p2[15:0];

assign trunc_ln33_1_fu_762_p1 = add_ln33_fu_752_p2[2:0];

assign trunc_ln33_fu_758_p1 = add_ln33_fu_752_p2[4:0];

assign xor_ln19_fu_383_p2 = (icmp_ln20_fu_333_p2 ^ 1'd1);

assign xor_ln32_fu_822_p2 = (zext_ln32_27_fu_800_p1 ^ 7'd63);

assign zext_ln19_fu_205_p1 = i_19;

assign zext_ln20_6_fu_429_p1 = add_ln20_fu_401_p2;

assign zext_ln20_fu_286_p1 = ap_phi_mux_jj_phi_fu_182_p4;

assign zext_ln22_6_fu_625_p1 = add_ln20_reg_986;

assign zext_ln22_fu_493_p1 = jj_reg_178;

assign zext_ln32_24_fu_602_p1 = tmp_12_fu_594_p3;

assign zext_ln32_25_fu_673_p1 = tmp_14_fu_665_p3;

assign zext_ln32_26_fu_696_p1 = select_ln20_28_fu_689_p3;

assign zext_ln32_27_fu_800_p1 = tmp_15_reg_1025;

assign zext_ln32_28_fu_803_p1 = empty_121_reg_1030;

assign zext_ln32_29_fu_861_p1 = select_ln32_2_fu_848_p3;

assign zext_ln32_30_fu_865_p1 = sub_ln32_5_fu_855_p2;

assign zext_ln32_fu_542_p1 = tmp_9_fu_534_p3;

assign zext_ln33_22_fu_730_p1 = tmp_10_fu_723_p3;

assign zext_ln33_23_fu_749_p1 = select_ln20_26_reg_997_pp0_iter3_reg;

assign zext_ln33_24_fu_786_p1 = select_ln20_reg_991_pp0_iter3_reg;

assign zext_ln33_25_fu_795_p1 = add_ln33_6_fu_789_p2;

assign zext_ln33_fu_720_p1 = select_ln19_31_reg_966_pp0_iter3_reg;

always @ (posedge ap_clk) begin
    tmp_15_reg_1025[3:0] <= 4'b0000;
    empty_121_reg_1030[3:0] <= 4'b1111;
end

endmodule //td_fused_top_tdf1_readInputs19